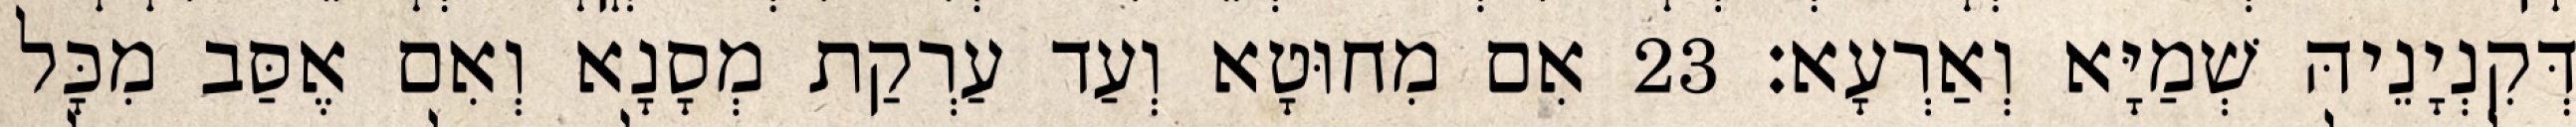
דְּקִנְיָנֵיהּ שְׁמַיָּא וְאַרְעָא׃ 23 אִם מִחוּטָא וְעַד עַרְקַת מְסָנָא וְאִם אֶסַּב מִכָּל